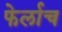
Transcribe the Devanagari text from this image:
फेर्लाच